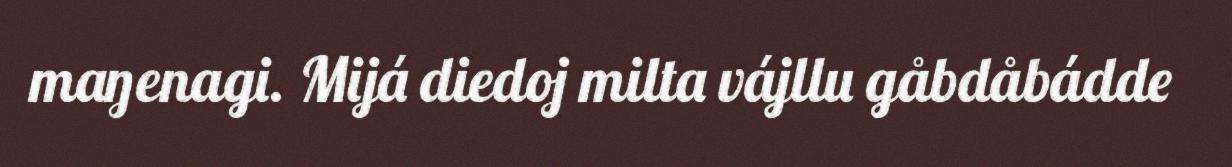
maŋenagi. Mijá diedoj milta vájllu gåbdåbádde